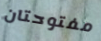
مفتوحتان